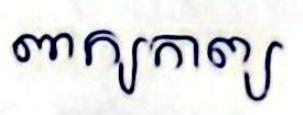
ពាក្យកាព្យ